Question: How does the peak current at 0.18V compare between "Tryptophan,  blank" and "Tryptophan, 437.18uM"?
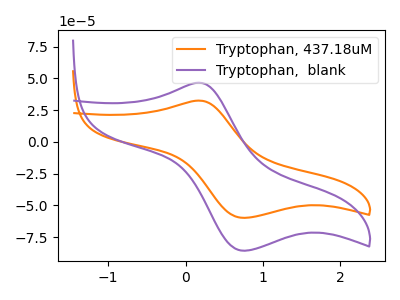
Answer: <think>The orange curve "Tryptophan, 437.18uM" has an anodic peak at (0.20V, 32.50uA) and a cathodic peak at (0.75V, -59.75uA). The purple curve "Tryptophan,  blank" has an anodic peak at (0.20V, 46.55uA) and a cathodic peak at (0.75V, -85.65uA).</think>
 <answer>The peak at 0.18V is higher in "Tryptophan,  blank" than in "Tryptophan, 437.18uM".</answer>
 <eval>higher</eval>